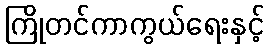
ကြိုတင်ကာကွယ်ရေးနှင့်